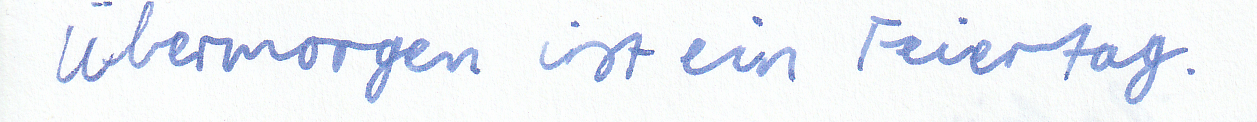
Übermorgen ist ein Feiertag.